Medical and sanitary report of the native army of Madras for the year
Year: 1878
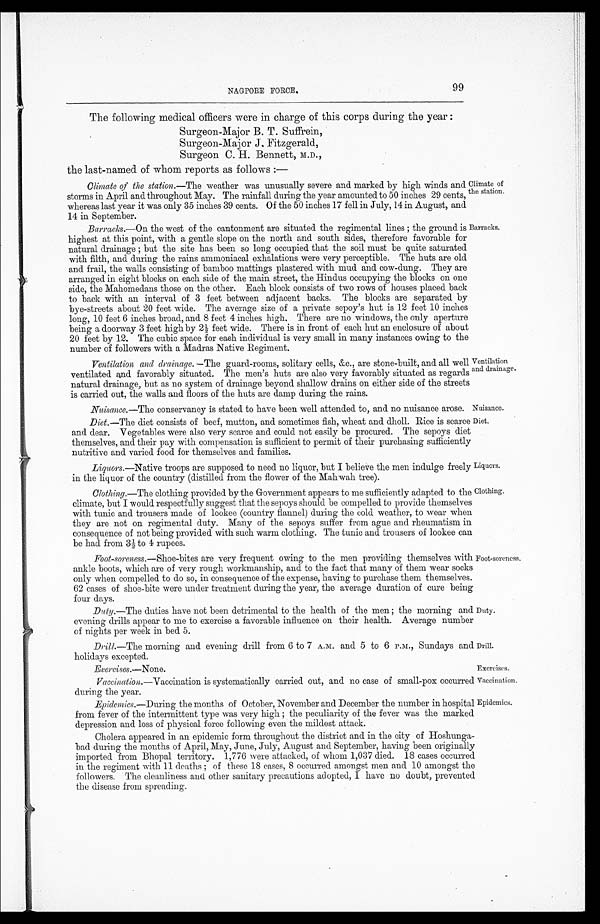
Nuisance.
Diet.
Exercises.— None .
Exercises.
Vaccination.
Epidemics.
99
NAGPORE FORCE.
The following medical officers were in charge of this corps during the year :
Surgeon-Major B. T. Suffrein,
Surgeon-Major J. Fitzgerald,
Surgeon C. H. Bennett, M.D.,
the last-named of whom reports as follows :—
Climate of the station.— The weather was unusually severe and marked by high winds and
storms in April and throughout May. The rainfall during the year amounted to 50 inches 29 cents,
whereas last year it was only 35 inches 39 cents. Of the 50 inches 17 fell in July, 14 in August, and
14 in September.
Barracks.— On the west of the cantonment are situated the regimental lines; the ground is
highest at this point, with a gentle slope on the north and south sides, therefore favorable for
natural drainage; but the site has been so long occupied that the soil must be quite saturated
with filth, and during the rains ammoniacal exhalations were very perceptible. The huts are old
and frail, the walls consisting of bamboo mattings plastered with mud and cow-dung. They are
arranged in eight blocks on each side of the main street, the Hindus occupying the blocks on one
side, the Mahomedans those on the other. Each block consists of two rows of houses placed back
to back with an interval of 3 feet between adjacent backs. The blocks are separated by
bye-streets about 20 feet wide. The average size of a private sepoy's hut is 12 feet 10 inches
long, 10 feet 6 inches broad, and 8 feet 4 inches high. There are no windows, the only aperture
being a doorway 3 feet high by 2½ feet wide. There is in front of each hut an enclosure of about
20 feet by 12. The cubic space for each individual is very small in many instances owing to the
number of followers with a Madras Native Regiment.
Climate of
the station.
Barracks.
Ventilation
and drainage.
Ventilation and drainage.—
The guard-rooms, solitary cells, &c., are stone-built, and all well
ventilated and favorably situated. The men's huts are also very favorably situated as regards
natural drainage, but as no system of drainage beyond shallow drains on either side of the streets
is carried out, the walls and floors of the huts are damp during the rains.
Nuisance.— The conservancy is stated to have been well attended to, and no nuisance arose.
Diet.— The diet consists of beef, mutton, and sometimes fish, wheat and dholl. Rice is scarce
and dear. Vegetables were also very scarce and could not easily be procured. The sepoys diet
themselves, and their pay with compensation is sufficient to permit of their purchasing sufficiently
nutritive and varied food for themselves and families.
Liquors.— Native troops are supposed to need no liquor, but I believe the men indulge freely
in the liquor of the country (distilled from the flower of the Mahwah tree).
Clothing .—The clothing provided by the Government appears to me sufficiently adapted to the
climate, but I would respectfully suggest that the sepoys should be compelled to provide themselves
with tunic and trousers made of lookee (country flannel) during the cold weather, to wear when
they are not on regimental duty. Many of the sepoys suffer from ague and rheumatism in
consequence of not being provided with such warm clothing. The tunic and trousers of lookee can
be had from 3½ to 4 rupees.
Liquors.
Clothing.
Foot-soreness.— Shoe-bites are very frequent owing to the men providing themselves with
ankle boots, which are of very rough workmanship, and to the fact that many of them wear socks
only when compelled to do so, in consequence of the expense, having to purchase them themselves.
62 cases of shoe-bite were under treatment during the year, the average duration of cure being
four days.
Duty.— The duties have not been detrimental to the health of the men; the morning and
evening drills appear to me to exercise a favorable influence on their health. Average number
of nights per week in bed 5.
Drill.—The morning and evening drill from 6 to 7 A.M. and 5 to 6 P.M., Sundays and
holidays excepted.
Foot-soreness.
Duty.
Drill.
Vaccination .—Vaccination is systematically carried out, and no case of small-pox occurred
during the year.
Epidemics.—During
the months of October, November and December the number in hospital
from fever of the intermittent type was very high; the peculiarity of the fever was the marked
depression and loss of physical force following even the mildest attack.
Cholera appeared in an epidemic form throughout the district and in the city of Hoshunga--
bad during the months of April, May, June, July, August and September, having been originally
imported from Bhopal territory. 1,776 were attacked, of whom 1,037 died. 18 cases occurred
in the regiment with 11 deaths; of these 18 cases, 8 occurred amongst men and 10 amongst the
followers. The cleanliness and other sanitary precautions adopted, I have no doubt, prevented
the disease from spreading.